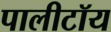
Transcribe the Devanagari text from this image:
पालीटॉय